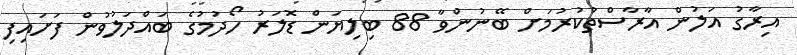
އިރާގު އަލުން އާރާސްތުކުރުމަށް ބޭނުންވާ 88 ބިލިޔަން ޑޮލަރު ހޯދުމުގެ ބައްދަލުވުން ފަށައިފި